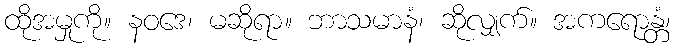
ထိုအမှုကို။ နဝဒေ၊ မဆိုရာ။ ဘာသမာနံ၊ ဆိုလျှက်။ အကရောန္တံ၊